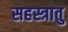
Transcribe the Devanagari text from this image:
सहस्त्रातु